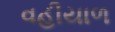
વહીયાળ